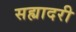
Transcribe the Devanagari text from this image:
सह्यादरी